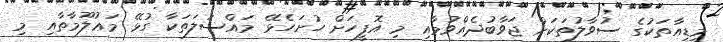
މީޑިއާތަކުގެ ސުވާލުތަކަށް ޖަވާބުދެއްވުމާއި މި އޮފީހަށް ހުށަހެޅޭ މައްސަލަތަކާ ގުޅޭ މަޢުލޫމާތާއި މި